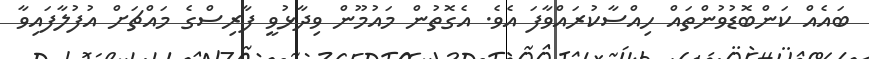
ބައެއް ކަންބޮޑުވުންތައް ހިއްސާކުރައްވާފަ އެވެ. އެގޮތުން މައުމޫން ވިދާޅުވީ ފާރިސްގެ މައްޗަށް އުފުލާފައިވާ